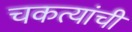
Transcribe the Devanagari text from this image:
चकत्यांची